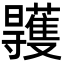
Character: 𣌏